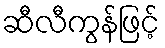
ဆီလီကွန်ဖြင့်